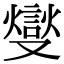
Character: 燮